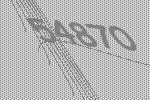
54870